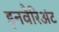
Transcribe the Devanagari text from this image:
इनवैरिअंट